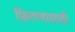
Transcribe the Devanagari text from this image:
फ़िरण्यासाठी